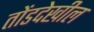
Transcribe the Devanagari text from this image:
तोंडदेखील